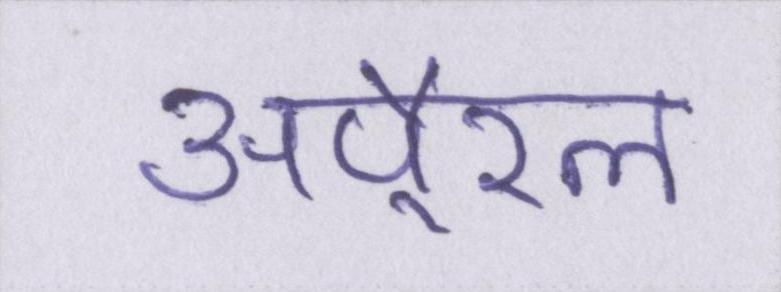
अपै्रल